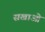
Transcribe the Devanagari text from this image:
सखाओ